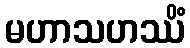
မဟာသဟဿိံ